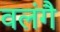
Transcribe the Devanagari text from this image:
वलंगै